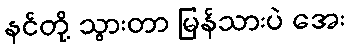
နင်တို့ သွားတာ မြန်သားပဲ အေး